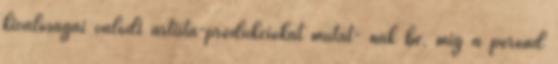
kiválóságai valódi artista-produkciókat mutat- nak be, míg a porond